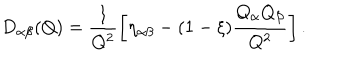
D _ { \alpha \beta } ( Q ) = \frac { 1 } { Q ^ { 2 } } \left[ \eta _ { \alpha \beta } - ( 1 - \xi ) \frac { Q _ { \alpha } Q _ { \beta } } { Q ^ { 2 } } \right] .